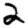
Digit: 2